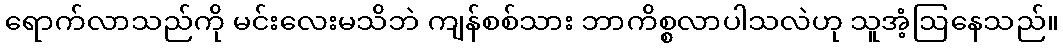
ရောက်လာသည်ကို မင်းလေးမသိဘဲ ကျန်စစ်သား ဘာကိစ္စလာပါသလဲဟု သူအံ့ဩနေသည်။